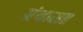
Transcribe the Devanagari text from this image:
ग्रंथासह